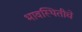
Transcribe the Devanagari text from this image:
भावस्थितीचे